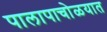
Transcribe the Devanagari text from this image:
पालापाचोळयात